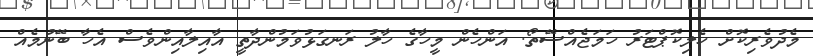
މެދުވެރިކޮށް ހެލިކޮޕްޓަރު ހަމަޖެއްސޭތޯ. އަންހެން މީހާގެ ހާލު ރަނގަޅުވަމުންދާތީ އާއިލާއިންވެސް އެހާ ބޭނުމެއް